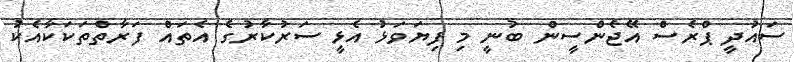
ސައުދީ ޕްރެސް އޭޖެންސީން ބުނީ މި ފިޔަވަޅު އެޅީ ސަރުކާރުގެ އެތައް ފަރާތްތަކަކާއެކު